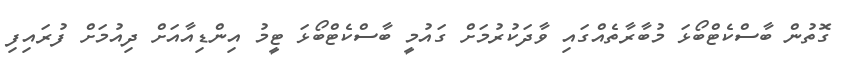
ގޮތުން ބާސްކެޓްބޯޅަ މުބާރާތެއްގައި ވާދަކުރުމަށް ގައުމީ ބާސްކެޓްބޯޅަ ޓީމު އިންޑިއާއަށް ދިއުމަށް ފުރައިފި